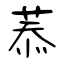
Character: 菾